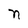
Character: n